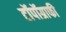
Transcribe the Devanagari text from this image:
टॉपॉग्राफी